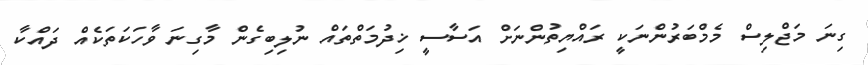
ގިނަ މަޖްލިސް މެމްބަރުންނަކީ ރައްޔިތުންނަށް އަސާސީ ޚިދުމަތްތައް ނުލިބިގެން މާގިނަ ވާހަކަތަކެއް ދައްކާ